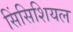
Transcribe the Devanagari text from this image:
सिंसिशियल